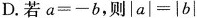
D.若$$a = - b$$，则$$| a | = | b |$$